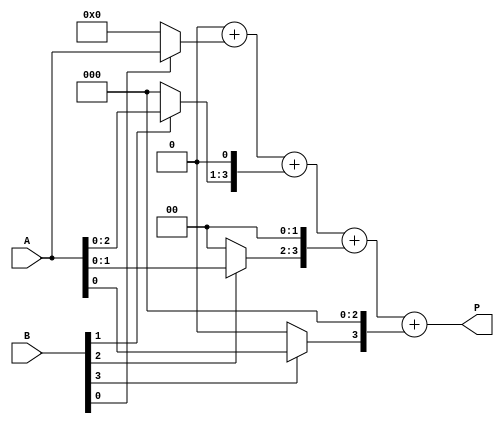
module array_multiplier #(parameter N=4, M=4) (
    input [N-1:0] A,  // Multiplicand
    input [M-1:0] B,  // Multiplier
    output reg [N+M-1:0] P  // Product
);
    reg [N-1:0] partial_products[M-1:0];

    integer i, j;

    always @(*) begin
        // Initialize product to zero
        P = 0;

        // Generate partial products
        for (i = 0; i < M; i = i + 1) begin
            // AND each bit of the multiplier with the multiplicand
            partial_products[i] = (B[i] == 1'b1) ? A : 0;

            // Shift the partial product according to the bit position in multiplier
            partial_products[i] = partial_products[i] << i;
        end

        // Sum the partial products
        for (j = 0; j < M; j = j + 1) begin
            P = P + partial_products[j];
        end
    end
endmodule